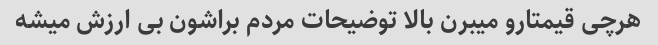
هرچی قیمتارو میبرن بالا توضیحات مردم براشون بی ارزش میشه